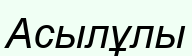
Асылұлы